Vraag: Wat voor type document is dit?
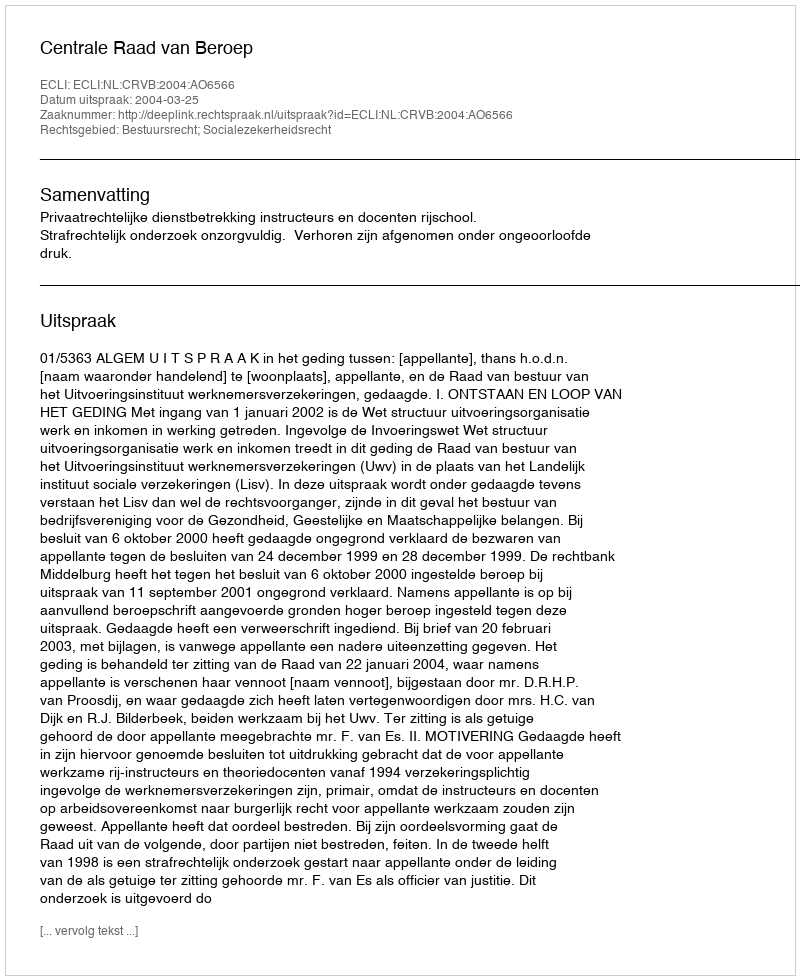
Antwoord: Uitspraak